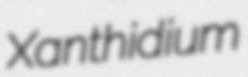
Xanthidium